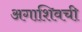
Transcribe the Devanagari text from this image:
अगाशिवची